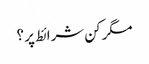
مگر کن شرائط پر ؟